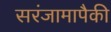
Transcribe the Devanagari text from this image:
सरंजामापैकी